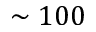
\sim 1 0 0